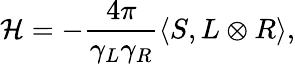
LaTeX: {\cal H}=-{\frac{4\pi}{\gamma_{L}\gamma_{R}}}\langle S,L\otimes R\rangle,